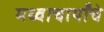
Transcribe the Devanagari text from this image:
मध्वाचार्यांचे